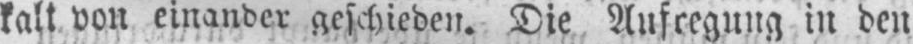
kalt von einander geschieden. Die Aufregung in den